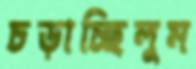
চড়াচ্ছিলুম